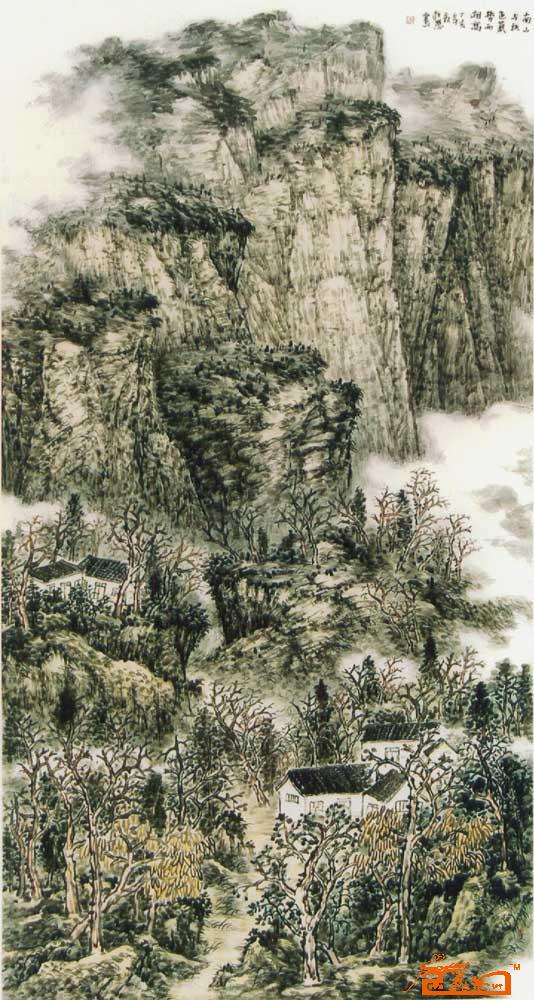
南山与秋色，气势两相高。